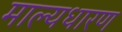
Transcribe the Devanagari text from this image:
माल्यधारण